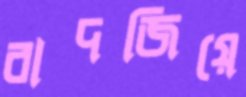
বাদজিয়ে